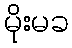
မိုးမခ